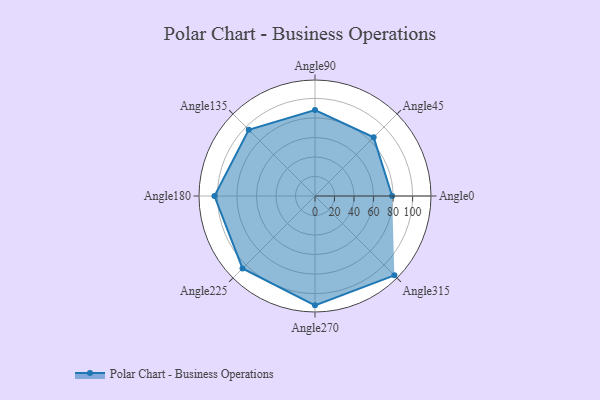
{"axis": {"x": "Angle", "y": "Radius"}, "legend": [""], "data": [{"x": "Angle0", "y": 79.0, "type": ""}, {"x": "Angle45", "y": 85.0, "type": ""}, {"x": "Angle90", "y": 88.0, "type": ""}, {"x": "Angle135", "y": 96.0, "type": ""}, {"x": "Angle180", "y": 103.0, "type": ""}, {"x": "Angle225", "y": 105.0, "type": ""}, {"x": "Angle270", "y": 112.0, "type": ""}, {"x": "Angle315", "y": 115.0, "type": ""}]}